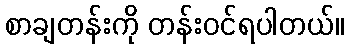
စာချတန်းကို တန်းဝင်ရပါတယ်။